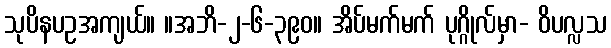
သုပိနပဥအကျယ်။ ။အဘိ-၂-၆-၃၉၀။ အိပ်မက်မက် ပုဂ္ဂိုလ်မှာ- ဝိပလ္လသ